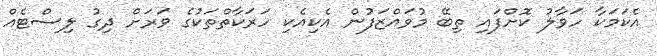
އެކަމަކާ ހަވާލު ކޮށްފައި ތިބޭ މުވައްޒަފުން އެކިއެކި ހަރަކާތްތަކުގެ ވަރަށް ދިގު ލިސްޓެއް